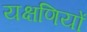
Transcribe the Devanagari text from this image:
यक्षणियों